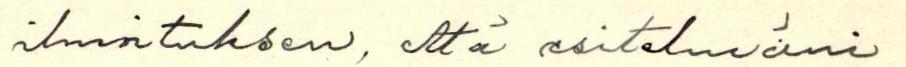
ilmoituksen, että esitelmäni